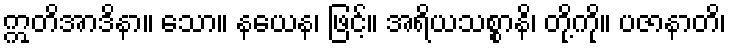
ဣတိအာဒိနာ။ သော။ နယေန၊ ဖြင့်။ အရိယသစ္စာနိ၊ တို့ကို။ ပဇာနာတိ၊